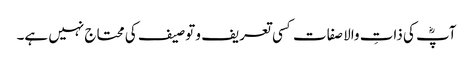
آپؓ کی ذاتِ والا صفات کسی تعریف و توصیف کی محتاج نہیں ہے۔